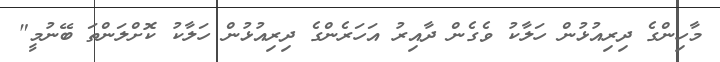
މާހިންގެ ދިރިއުޅުން ހަލާކު ވެގެން ދާއިރު އަހަރެންގެ ދިރިއުޅުން ހަލާކު ކޮށްލަންތަ ބޭނުމީ"